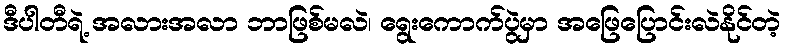
ဒီပါတီရဲ့ အလားအလာ ဘာဖြစ်မလဲ၊ ရွေးကောက်ပွဲမှာ အဖြေပြောင်းလဲနိုင်တဲ့